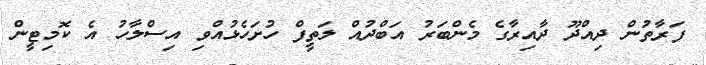
ފަރާތުން ދިއްދޫ ދާއިރާގެ މެންބަރު އަބްދުއް ލަތީފް ހުށަހެޅުއްވި އިސްލާހު އެ ކޮމިޓީން